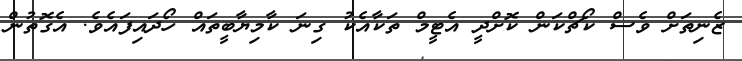
ޒެނިތަށް ވެސް ކޯޗްކަން ކޮށްދީ އެޓީމް ތަކާއެކު ގިނަ ކާމިޔާބީތައް ހޯދައިފައެވެ. އެގޮތުން